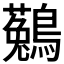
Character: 𪆆